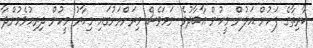
ކާރިޘާގެ ފަހުން އަލުން މީހުން އާބާދުވެ ނަމަވެސް މިރަށްރަށުގައި މިހާރު މީހުން ދިރިއުޅެމުންދާ